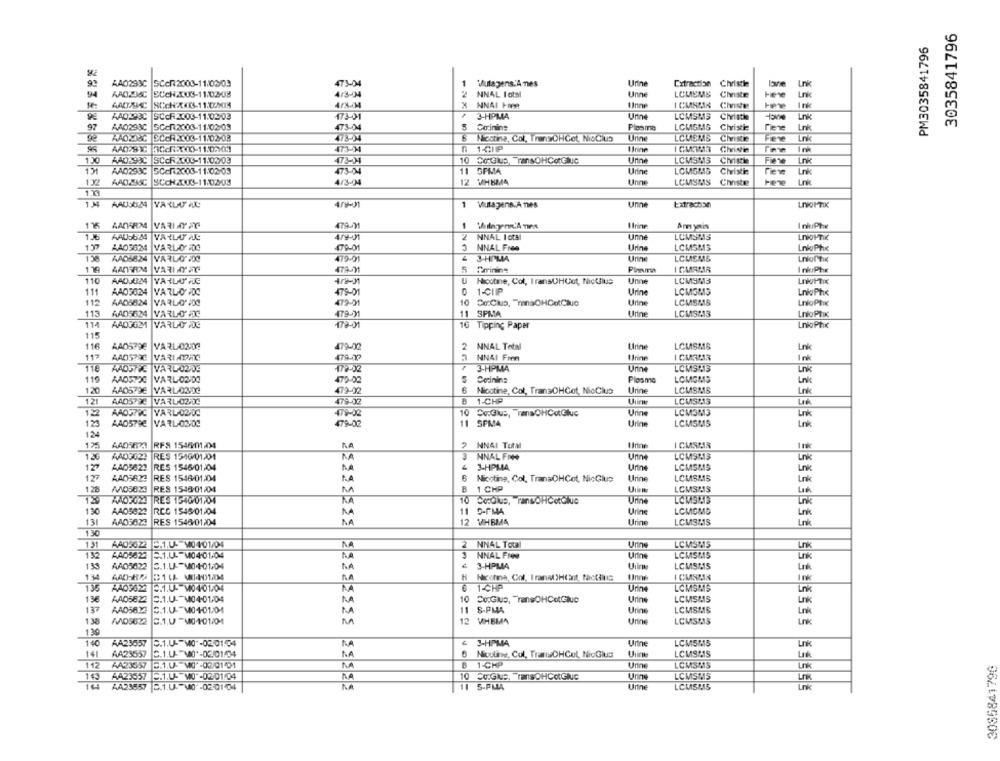
3035841796
PM3035841796
90
AA0293C SCeR2003-11/02/03
473-04
1
Mulagens'A nes
Urine
Extraction
Lnk
SUCH2008-11:02-08
4/3-4
NNAL Iotal
Unne
LOMEMS
Civiste
Link
AAD 94C
SCCHX43-11:02:04
4/3-4
NN41 Feet
Chste
3-HPMA
Urine
AAD293C SCCR2003-11:02/03
LCMSMS
Civisthe
Lnk
97
AA0293C SC-72003-11:02/03
073-04
Coinine
LCMSMG
Civistie
Tiene
Lok
KAD28CI ECCA2003-11:02-08
Nicotine, Col, TransOHGot, NicClus
Unne
LCMEMS
Civiste
Fewe
n
1-CIP
130
AAD293C
10
ConGlue, TransOHCotGluc
Urine
LCMSMS
Fiene
Lnk
13
AAD293C
5Cc/2003-11:02/03
11
GPMA
Urine
LCMGMG
Christie
Fiere
AAD298C SCCH2003-11:0203
4/3-04
12 VHBMA
Unne
LCMSMS
Civiste
Lnk
1.33
1.14
AAU:024
1
Viulagens:A nes
Unne
Extrachan
115
AADERM4
VARLAYar
1
Am yais
I nlPhe
1 JE
AAU56:24
VARITAC
4/y-M
2
NNAL I otal
Unne
LCMS AS
AA03624 VARLO 200
179-01
NNAL Free
Urina
LCMSMS
LnkPhe
AAD6824
479-91
3-HPMIA
Unne
LCMEME
Lniofte
AADRAMA
VARLAPac
478-
5
Arrinine
I nkoPhx
110
AADJ024
Nicotine, Col, IransCHCot, Nictalus
Unne
LCMSM3
0
1-CHIP
11
AAD3024
VARLO FDC
479-01
Urine
LCMSMS
LnkPhx
115
AAD5824 VARLO FDC
479-21
10
Co:Clus, "henaOHCotClio
Urine
LCMSM8
LnloPtx
113
AAD5624
479-91
11
SPMA
Urine
LCMSM13
LnloPTIK
VARLODOC
AAD3G21
VARLO DÉ
172-01
16 Tipping Paper
LnloPhx
115
116
AA05798 VARL-02-09
479-02
2
NNAL Total
Urine
LOMSMS
Lnk
112
AADSPAC
VARI-PAC
474.00
NNAI Fonn
Ink
115
AADSTRE VARIL-0209
3-HPMA
LCMSM3
Link
116
AAD5720
VARL-02-DO
470-02
Corinins
Plosme
LCMOMS
Lnk
120
AA05798
VARL-0302
479-02
6
Urine
Nicotine, Col, TransOHGot, NicClus
LCMSMS
Lnk
121
AAD573C VARL02:00
479-02
1-CHP
LCMSMAS
LA
AADS78C VARLA02/DC
479-02
10
Co.Gius, rensOHCotGluc
Urine
LCM3M3
Lnk
123
AAD5790
VARL-03/DC
479-02
11 5PM4
Urine
LCMSM5
Lok
124
A40 823 RFS 1546/01/04
2 NNAI Total
I CUSMAS
Ink
120
AAD3G29
RES 1510/01/01
3
NNAL FAH
Unne
LCMSM3
127
AAD5621
RES 1546/01/04
3-HPMA
Urine
LCMSMS
Link
120
AA05623
RES 1546/01.04
Nicotine, Col, TransOHCot, NicClus
Urine
LCMSMS
Lnk
128
AND5824
RES 1546/01/04
B
1 CHP
LCMSMAS
M
18
RES 1540 01.04
Lnk
130
AAD5029
RCC 1545/01/04
11
D-FMA
Urine
LCMGMD
Link
131
AAD5824
RES 1546/01/04
NA
12 VHBMA
Urine
LCMSMS
130
131
AAD5022
E.1.0- M0401/04
2
NNAL Total
Urine
LCMSMS
Lnk
132
AAD5622
5.1.44 M04.01.04
3
NNAL FIN
Urine
LCMSMS
Lnk
€
13
AA05622
3.1.UM04-01,04
3-HPMA
LCMSMAS
134
Nochna, Col. I ranno)HCEnt, facciais
ICMSMAN
Ink
5.1.05 M0401/04
1-CHP
Urine
LCMSMS
Lrk
13€
AA05822
3.1.UM04-01/04
10
Co.Glue, TransOHCotGlue
Urine
LCMSMS
Lnk
137
AAD5622
C.1.UM01-01.01
11
S-PMA
Urine
LCMSMS
M
130
5.1.0 -M0101/04
12 VHBMA
Urine
LCMSMAS
Lnk
130
AA23557
5.1.U- MO"-02-01/04
3-HPMA
Urine
LCMSMS
Lnk
14
AA23557
AA
Nicoline, Col, TransDHCul, NicGlus
Uline
LCMSM15
3085841796
112
AA23557
E.1.0. 40'-02/01/01
1-CHP
Urine
LCMSMAS
Lnk
143
AA23557 5.1 .- W0"-02/01.04
CO.Gue, TransOHCoGluc
Unns
LCMSMS
Lnk
AA23557 .1.U. M0-02-01404
11
S-PMA
Link
Udine
LCMISMAS